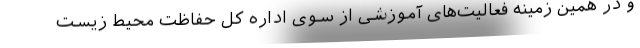
و در همین زمینه فعالیت‌های آموزشی از سوی اداره کل حفاظت محیط زیست